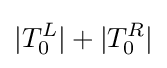
|T_{0}^{L}|+|T_{0}^{R}|